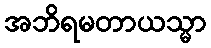
အဘိရမတာယသ္မာ